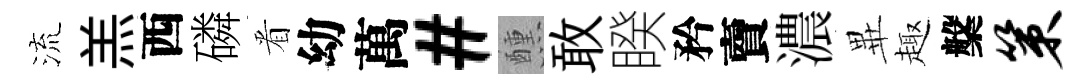
流羔西磷㸔幼萬#醺敢睽矜𧶠濃𭺾趣槃策